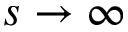
s \rightarrow \infty